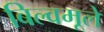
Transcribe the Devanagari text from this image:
बिल्वमूले